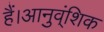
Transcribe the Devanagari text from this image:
हैं।आनुव्ंशिक